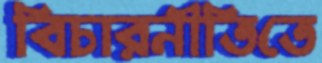
বিচারনীতিতে